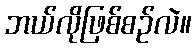
ဘယ်လိုဖြစ်စဉ်လဲ။